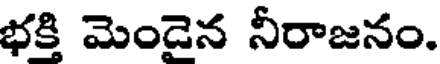
భక్తి మెండైన నీరాజనం.